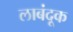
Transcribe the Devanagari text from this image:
लाबंदूक